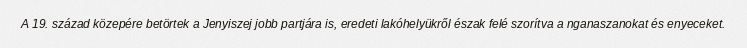
A 19. század közepére betörtek a Jenyiszej jobb partjára is, eredeti lakóhelyükről észak felé szorítva a nganaszanokat és enyeceket.